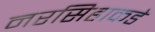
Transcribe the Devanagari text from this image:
नरसिहाकडे